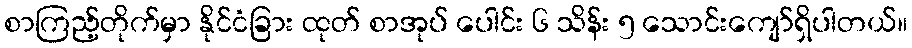
စာကြည့်တိုက်မှာ နိုင်ငံခြား ထုတ် စာအုပ် ပေါင်း ၆ သိန်း ၅ သောင်းကျော်ရှိပါတယ်။